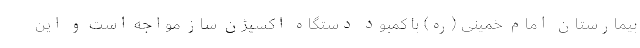
بیمارستان امام خمینی (ره) با کمبود دستگاه اکسیژن ساز مواجه است و این